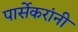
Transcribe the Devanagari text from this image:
पार्सेकरांंनी